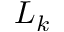
L _ { k }